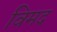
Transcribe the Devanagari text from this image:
विमद